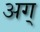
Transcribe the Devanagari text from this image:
अग्